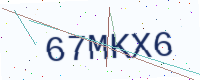
Text: 67MKX6